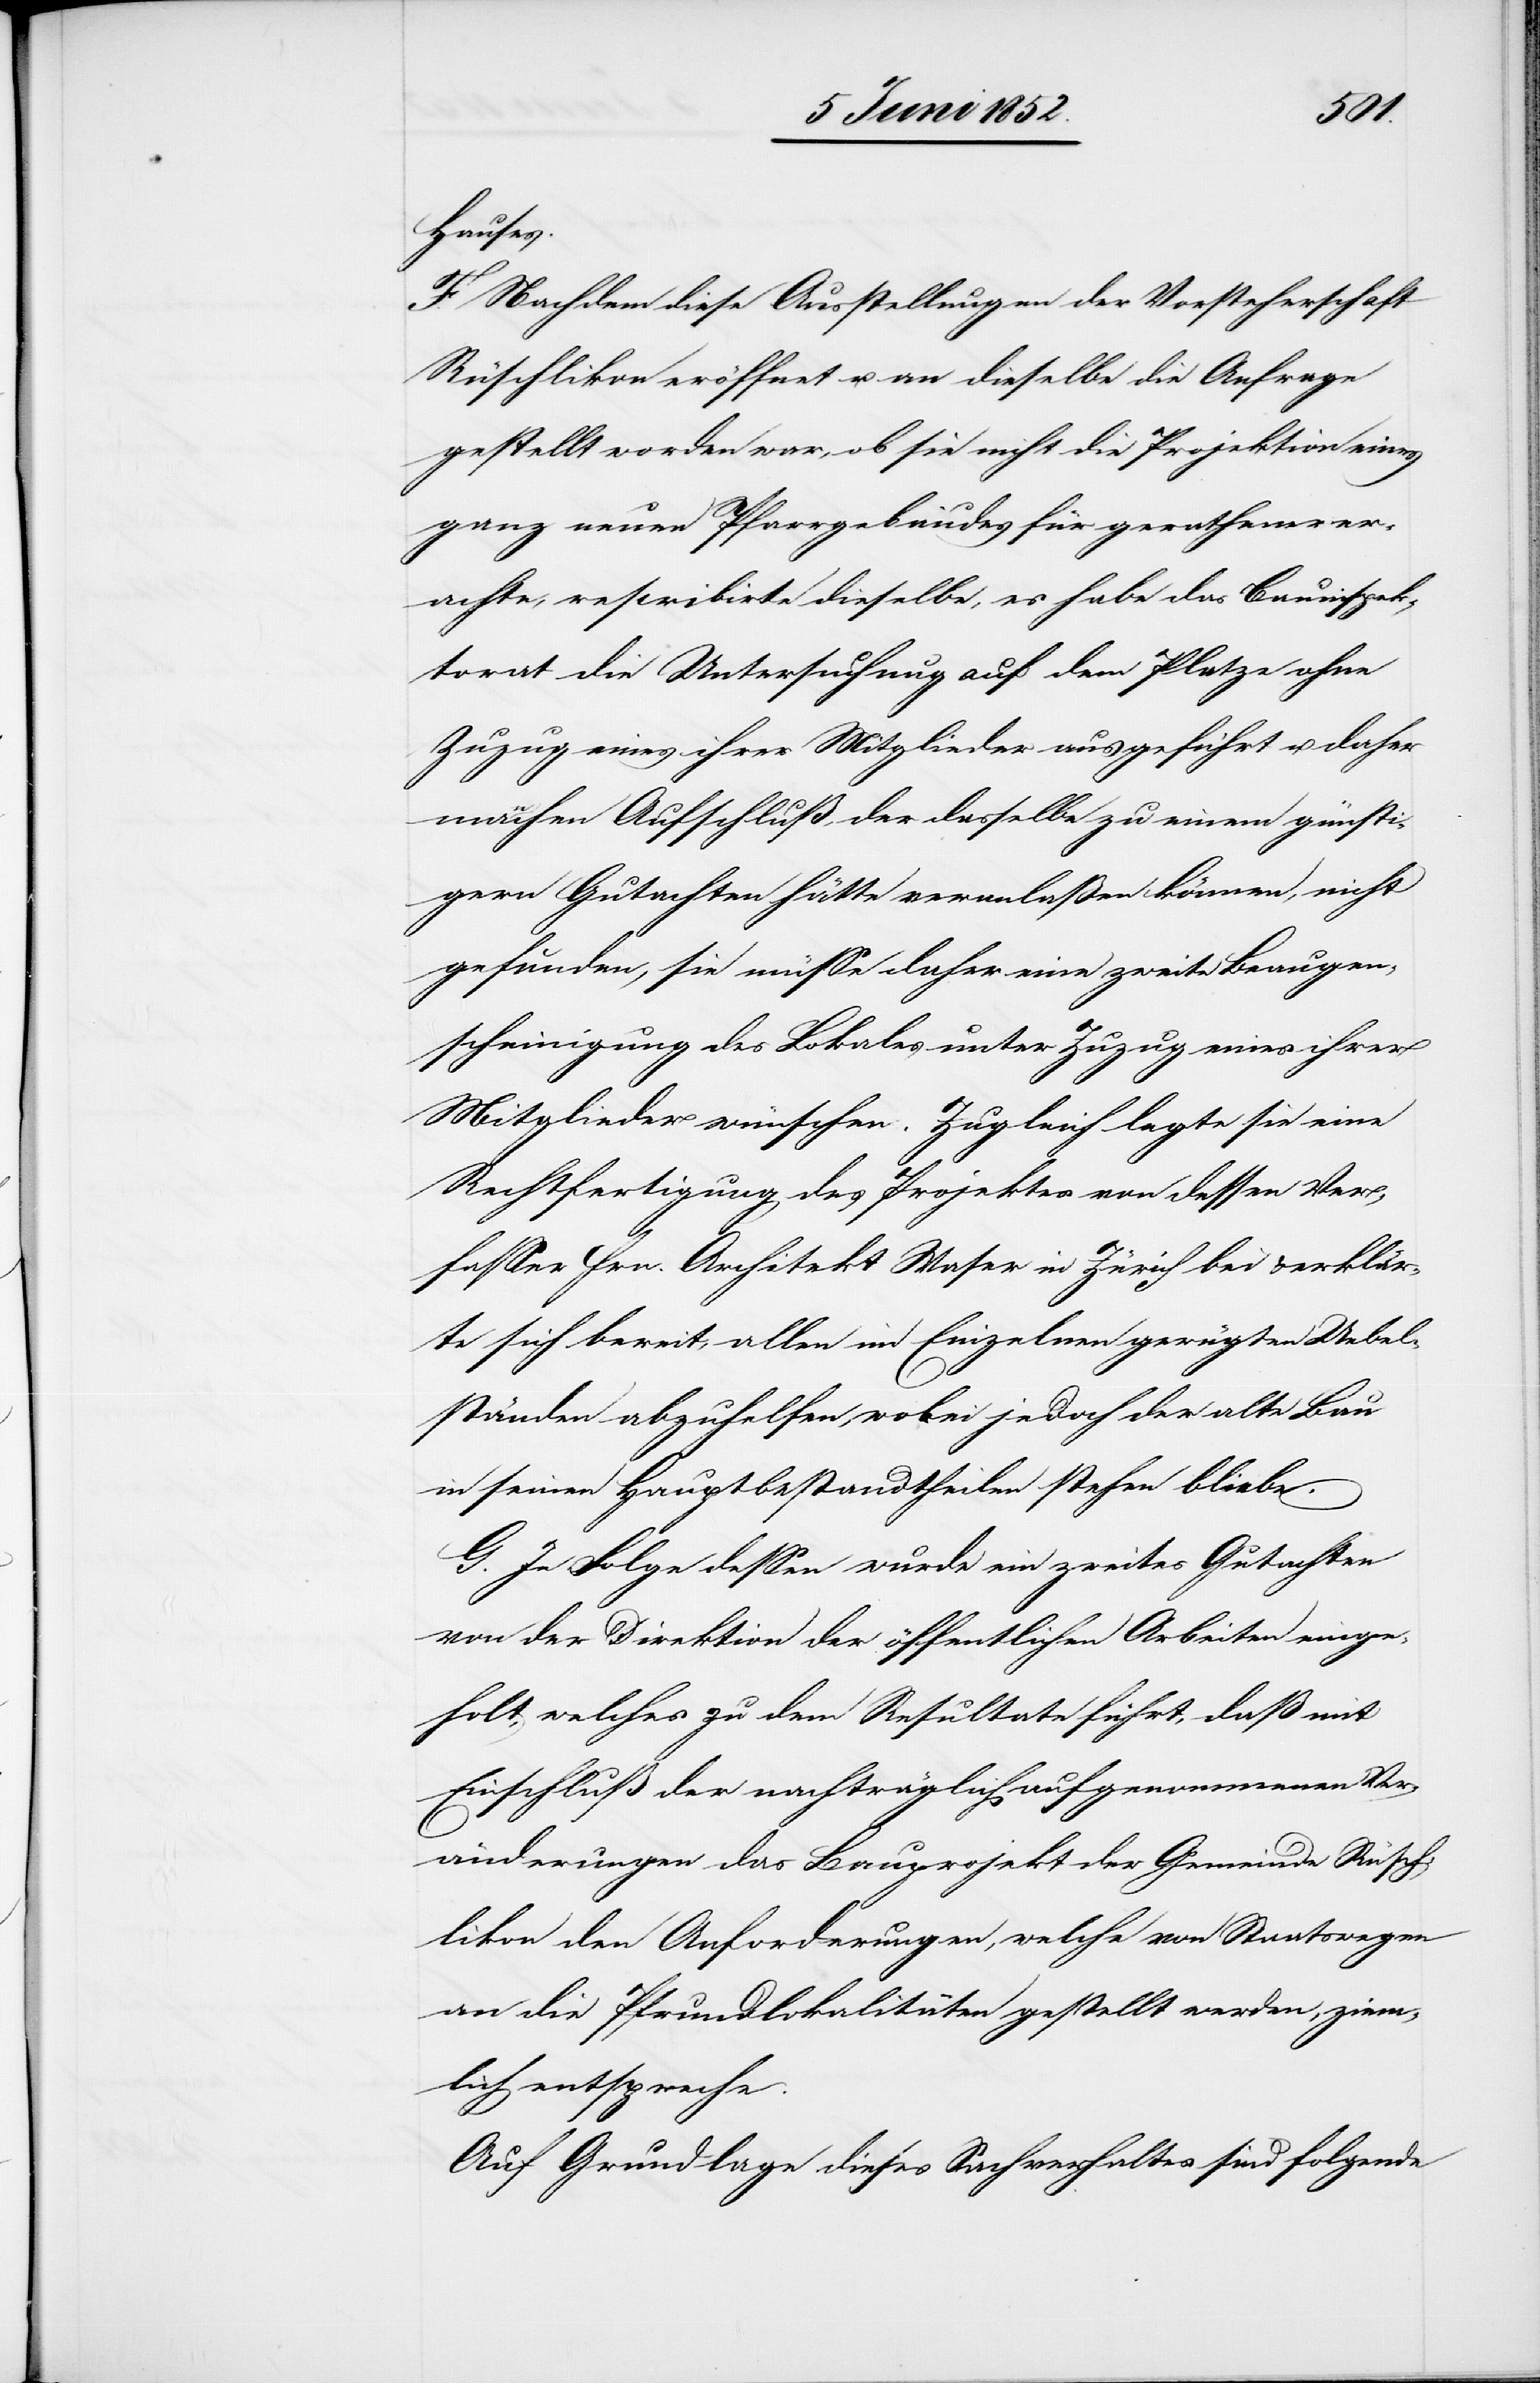
Hauses.
F. Nachdem diese Ausstellungen der Vorsteherschaft
Rüschlikon eröffnet u. an dieselbe die Anfrage
gestellt worden war, ob sie nicht die Projektion eines
ganz neuen Pfarrgebäudes für gerathener er¬
achte, rescribirte dieselbe, es habe das Bauinspek¬
torat die Untersuchung auf dem Platze ohne
Zuzug eines ihrer Mitglieder ausgeführt u. daher
manchen Aufschluß, der dasselbe zu einem günsti¬
gern Gutachten hätte veranlaßen können, nicht
gefunden, sie müsse daher eine zweite Beaugen¬
scheinigung des Lokales unter Zuzug eines ihrer
Mitglieder wünschen. Zugleich legte sie eine
Rechtfertigung des Projektes von dessen Ver¬
fasser Hrn. Architekt Waser in Zürich bei & erklär¬
te sich bereit, allen im Einzelnen gerügten Uebel¬
ständen abzuhelfen, wobei jedoch der alte Bau
in seinen Hauptbestandtheilen stehen bliebe.
G. In Folge dessen wurde ein zweites Gutachten
von der Direktion der öffentlichen Arbeiten einge¬
holt, welches zu dem Resultate führt, daß mit
Einschluß der nachträglich aufgenommenen Ver¬
änderungen das Bauprojekt der Gemeinde Rüsch¬
likon den Anforderungen, welche von Staatswegen
an die Pfrundlokalitäten gestellt werden, ziem¬
lich entspreche.
Auf Grundlage dieses Sachverhaltes sind folgende